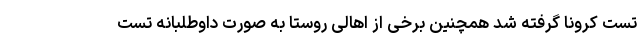
تست کرونا گرفته شد همچنین برخی از اهالی روستا به صورت داوطلبانه تست